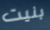
بنيت